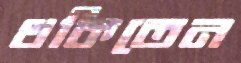
থকিতেন